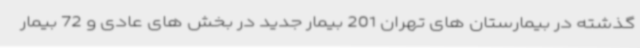
گذشته در بیمارستان های تهران 201 بیمار جدید در بخش های عادی و 72 بیمار